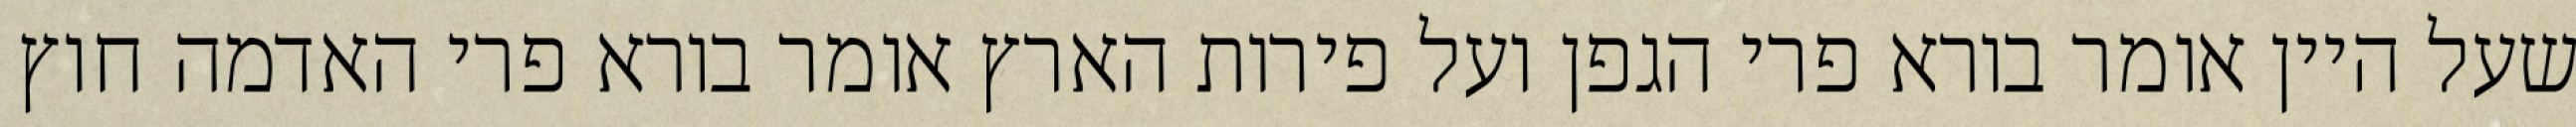
שעל היין אומר בורא פרי הגפן ועל פירות הארץ אומר בורא פרי האדמה חוץ